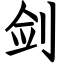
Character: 剑